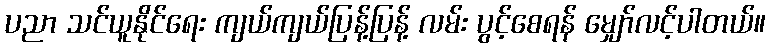
ပညာ သင်ယူနိုင်ရေး ကျယ်ကျယ်ပြန့်ပြန့် လမ်း ပွင့်စေရန် မျှော်လင့်ပါတယ်။